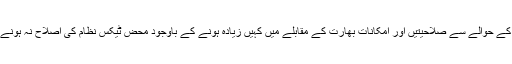
کانفرنس کے پاکستانی شرکا کا کہنا تھا کہ ملک میں آئی ٹی کے حوالے سے صلاحیتیں اور امکانات بھارت کے مقابلے میں کہیں زیادہ ہونے کے باوجود محض ٹیکس نظام کی اصلاح نہ ہونے کی وجہ سے پاکستانی کمپنیاں عالمی مسابقت کے قابل نہیں۔